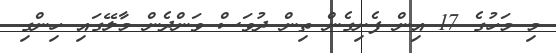
މި މަހުގެ 17 އިން ފެށިގެން ތިން ދުވަސް ވަންދެން މާލޭގައި ހިންގި